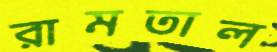
রামতাল